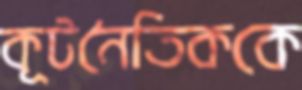
কূটনৈতিককে